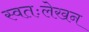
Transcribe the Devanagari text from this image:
स्वतःलेखन